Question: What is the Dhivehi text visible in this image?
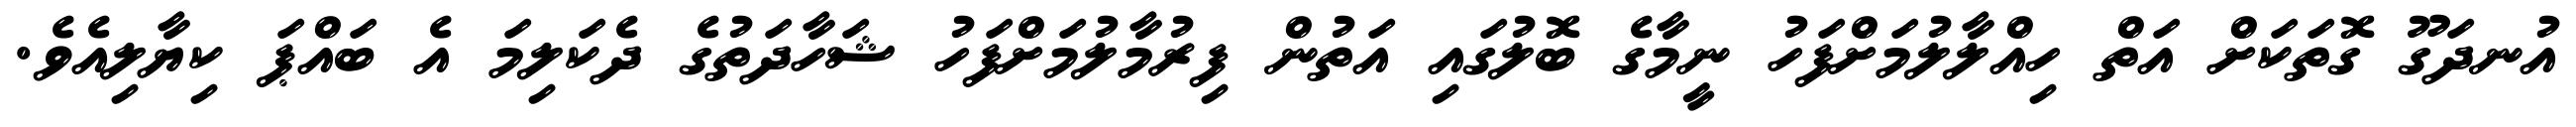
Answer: އުނދަގޫ ގޮތަކަށް އަތް ހިއްލާލުމަށްފަހު ނީމާގެ ބޮލުގައި އަތުން ފިރުމާލުމަށްފަހު ޝަހާދަތުގެ ދެކަލިމަ އެ ބައްޕަ ކިޔާލިއެވެ.